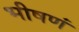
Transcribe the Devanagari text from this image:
भीषणं